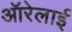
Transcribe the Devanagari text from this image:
ऑरेलाई